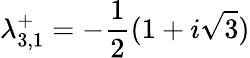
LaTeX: \lambda_{3,1}^{+}=-\frac{1}{2}(1+i\sqrt{3})